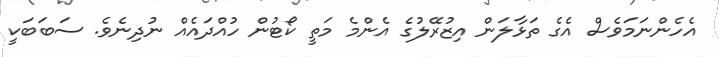
އެހެންނަމަވެސް އެގެ ތަޅާލަން އިޒުރޭލުގެ އެންމެ މަތީ ކޯޓުން ހުއްދައެއް ނުދިނެވެ. ސަބަބަކީ